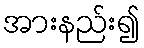
အားနည်း၍